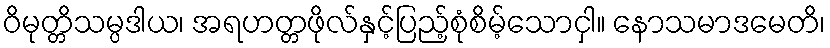
ဝိမုတ္တိသမ္ပဒါယ၊ အရဟတ္တဖိုလ်နှင့်ပြည့်စုံစိမ့်သောငှါ။ နောသမာဒမေတိ၊